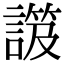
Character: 𧫑